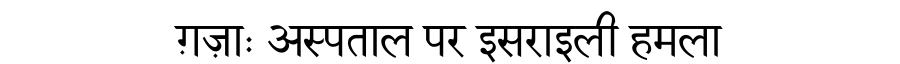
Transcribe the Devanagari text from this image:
ग़ज़ाः अस्पताल पर इसराइली हमला